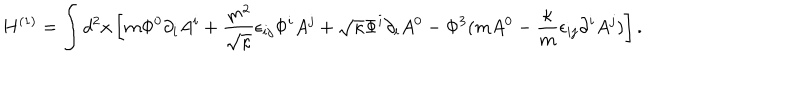
H ^ { ( 1 ) } = \int d ^ { 2 } x \left[ m \Phi ^ { 0 } \partial _ { i } A ^ { i } + \frac { m ^ { 2 } } { \sqrt { \kappa } } \epsilon _ { i j } \Phi ^ { i } A ^ { j } + \sqrt { \kappa } \Phi ^ { i } \partial _ { i } A ^ { 0 } - \Phi ^ { 3 } ( m A ^ { 0 } - \frac { \kappa } { m } \epsilon _ { i j } \partial ^ { i } A ^ { j } ) \right] .